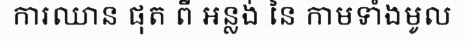
ការឈាន ផុត ពី អន្លង់ នៃ កាមទាំងមូល